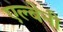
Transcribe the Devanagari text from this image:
एल्बेनी